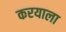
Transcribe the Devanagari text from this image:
करयाला